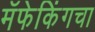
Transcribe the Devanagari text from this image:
मॅफेकिंगचा